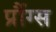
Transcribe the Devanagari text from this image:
प्रौंग्स